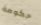
حكومة